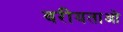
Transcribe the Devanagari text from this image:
वरीयताओ